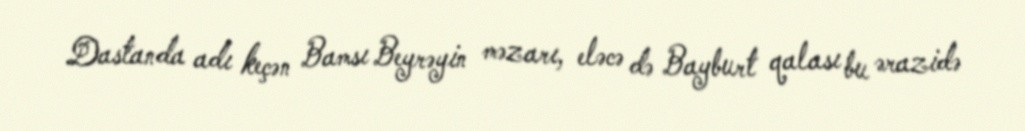
Dastanda adı keçən Bamsı Beyrəyin məzarı, eləcə də Bayburt qalası bu ərazidə